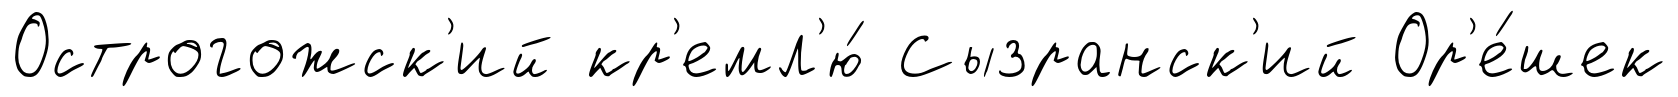
Острогожск'ий кр'емл'ю́ Сызранск'ий Ор'е́шек